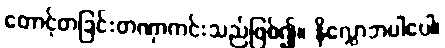
တောင့်တခြင်းတဏှာကင်းသည်ဖြစ်၍။ နိလ္လောဘပါပေါ၊